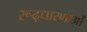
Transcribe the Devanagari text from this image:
रूढ़धारणाओं